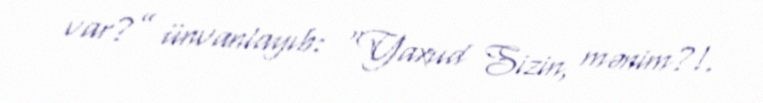
var?” ünvanlayıb: “Yaxud Sizin, mənim?!.